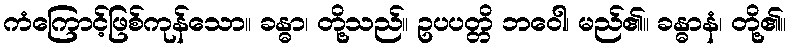
ကံကြောင့်ဖြစ်ကုန်သော။ ခန္ဓာ၊ တို့သည်။ ဥပပတ္တိ ဘဝေါ၊ မည်၏။ ခန္ဓာနံ၊ တို့၏။